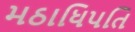
મઠાધિપતિ